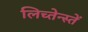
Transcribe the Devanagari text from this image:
लिच्तेन्स्तें